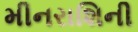
મીનરાશિની